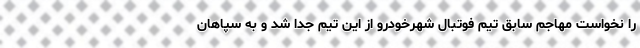
را نخواست مهاجم سابق تیم فوتبال شهرخودرو از این تیم جدا شد و به سپاهان